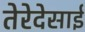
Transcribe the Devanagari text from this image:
तेरेदेसाई